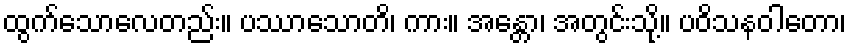
ထွက်သောလေတည်း။ ပဿာသောတိ၊ ကား။ အန္တော၊ အတွင်းသို့။ ပဝိသနဝါတော၊